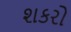
શકરો